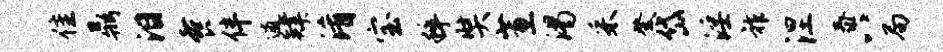
隹鼎泪餐伴逋肄淆宝粹奘蕙渴采登岱淫祚涅泰八局